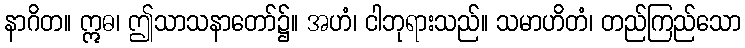
နာဂိတ။ ဣဓ၊ ဤသာသနာတော်၌။ အဟံ၊ ငါဘုရားသည်။ သမာဟိတံ၊ တည်ကြည်သော